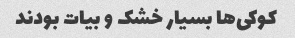
کوکی‌ها بسیار خشک و بیات بودند